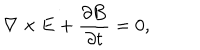
LaTeX: \nabla \times { \bf E } + \frac { \partial { \bf B } } { \partial t } = 0 ,